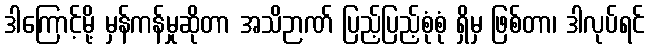
ဒါကြောင့်မို့ မှန်ကန်မှုဆိုတာ အသိဉာဏ် ပြည့်ပြည့်စုံစုံ ရှိမှ ဖြစ်တာ၊ ဒါလုပ်ရင်